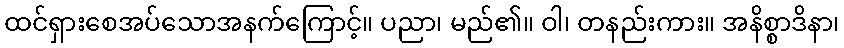
ထင်ရှားစေအပ်သောအနက်ကြောင့်။ ပညာ၊ မည်၏။ ဝါ၊ တနည်းကား။ အနိစ္စာဒိနာ၊